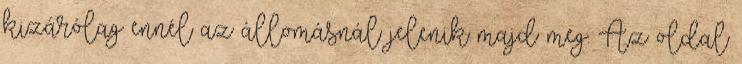
kizárólag ennél az állomásnál jelenik majd meg. Az oldal